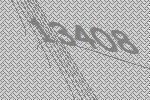
13408